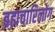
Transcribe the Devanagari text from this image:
ब्रह्मचारिलोग